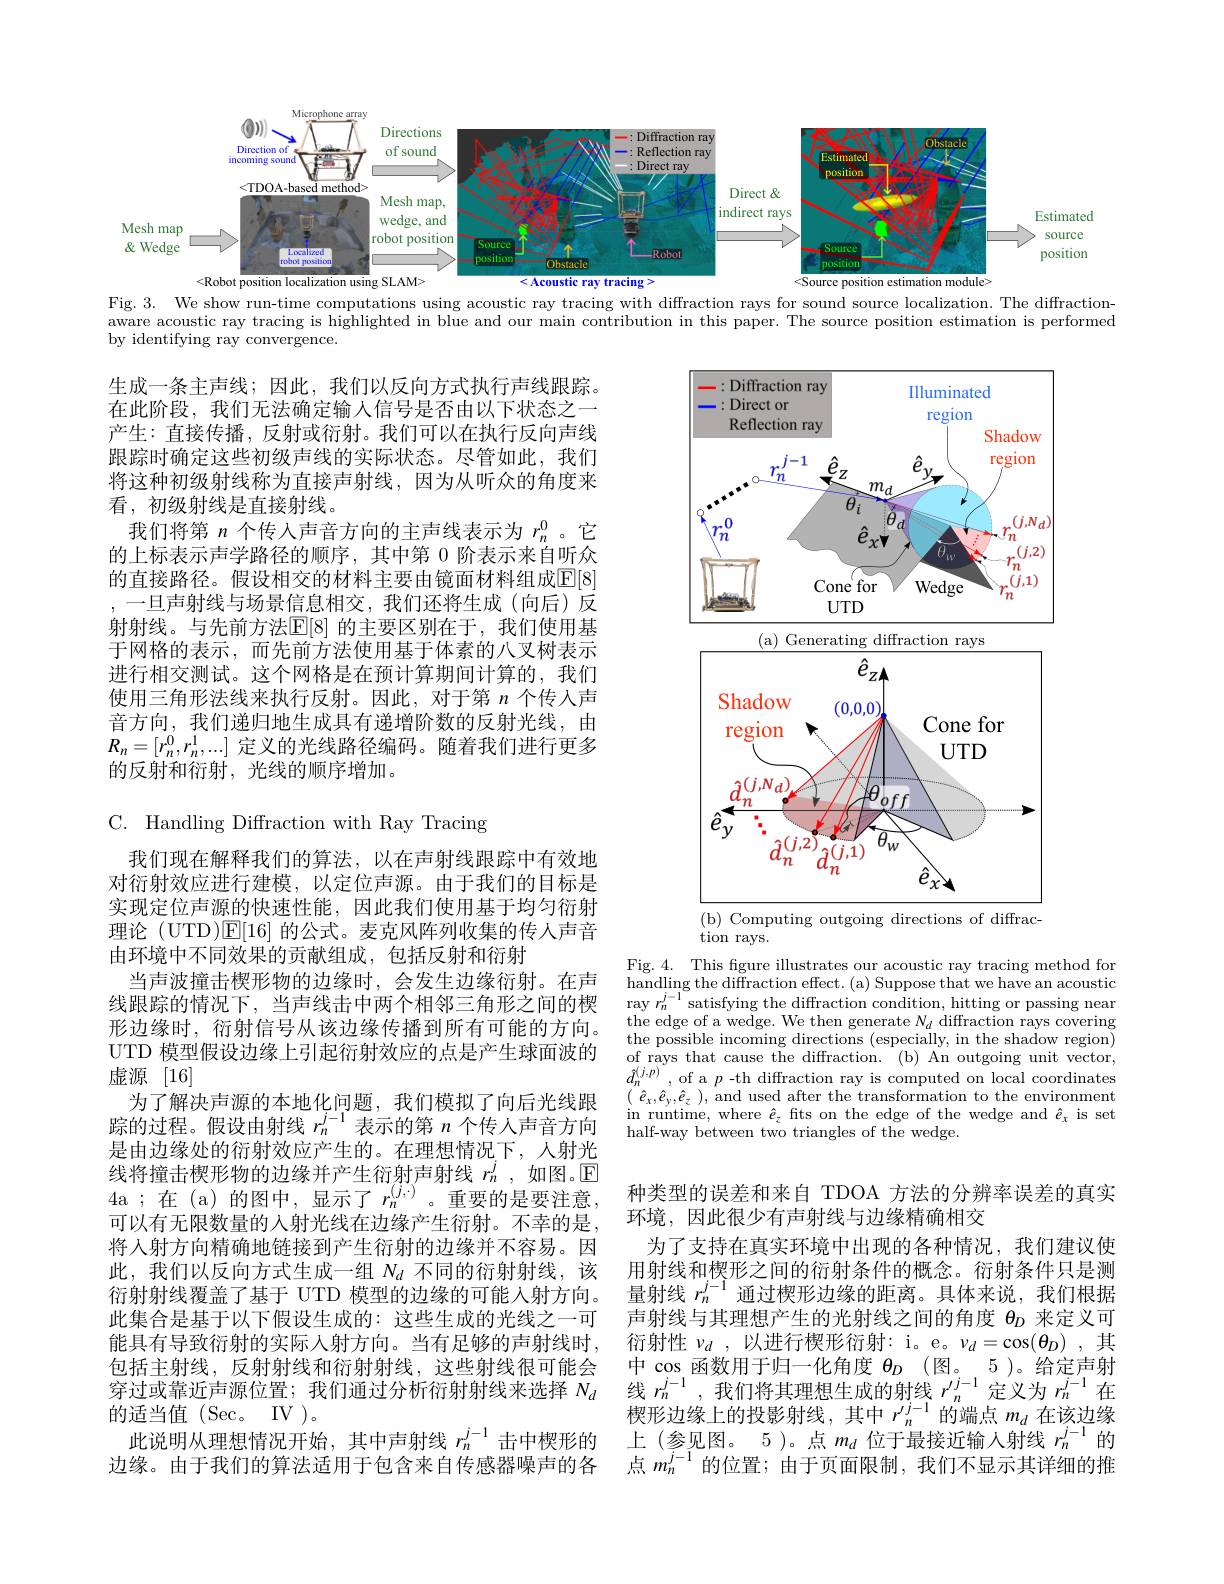
<FigureHere>

aware acoustic ray tracing is highlighted in blue and our main contribution in this paper. The source position estimation is performed

by identifying ray convergence.

生成一条主声线；因此，我们以反向方式执行声线跟踪。在此阶段，我们无法确定输人信号是否由以下状态之一产生：直接传播，反射或衍射。我们可以在执行反向声线跟踪时确定这些初级声线的实际状态。尽管如此，我们将这种初级射线称为直接声射线，因为从听众的角度来看，初级射线是直接射线。
我们将第$n$个传人声音方向的主声线表示为$r_n^0$。它的上标表示声学路径的顺序，其中第 0 阶表示来自听众的直接路径。假设相交的材料主要由镜面材料组成$\overline{\mathrm{E}}[8]$ ,一旦声射线与场景信息相交，我们还将生成(向后)反射射线。与先前方法$\mathbb{E}[8]$ 的主要区别在于，我们使用基于网格的表示，而先前方法使用基于体素的八叉树表示进行相交测试。这个网格是在预计算期间计算的，我们使用三角形法线来执行反射。因此，对于第$n$个传人声音方向，我们递归地生成具有递增阶数的反射光线，由$R_n=[r_n^0,r_n^1,...]$定义的光线路径编码。随着我们进行更多的反射和衍射，光线的顺序增加。

<FigureHere>
(b) Computing outgoing directions of diffrac-

tion rays.

Fig. 4. This figure illustrates our acoustic ray tracing method for handling the diffraction effect. (a) Suppose that we have an acoustic ray $r_n^{j-1}$satisfying the diffraction condition, hitting or passing near the edge of a wedge. We then generate $N_d$ diffraction rays covering the possible incoming directions (especially, in the shadow region) of rays that cause the diffraction. (b) An outgoing unit vector, $\hat{d}_{n}^{(i,p)}$,of a $p$-th diffraction ray is computed on local coordinates $\begin{array}{l}(\:\hat{e}_{x},\hat{e}_{y},\hat{e}_{z}\:),\:\text{and used after the transformation to the environment}\\\mathrm{in~runtime,~where~}\hat{e}_{z}\:\text{fits on the edge of the wedge and }\hat{e}_{x}\:\mathrm{is~set}\\\mathrm{half-way~between~two~triangles~of~the~wedge.}\end{array}$

C. Handling Diffraction with Ray Tracing
我们现在解释我们的算法，以在声射线跟踪中有效地对衍射效应进行建模，以定位声源。由于我们的目标是实现定位声源的快速性能，因此我们使用基于均匀衍射理论 (UTD)$\mathsf{E}[16]$的公式。麦克风阵列收集的传人声音由环境中不同效果的贡献组成，包括反射和衍射
当声波撞击楔形物的边缘时，会发生边缘衍射。在声线跟踪的情况下，当声线击中两个相邻三角形之间的楔形边缘时，衍射信号从该边缘传播到所有可能的方向。UTD 模型假设边缘上引起衍射效应的点是产生球面波的虚源 [16]
为了解决声源的本地化问题，我们模拟了向后光线跟踪的过程。假设由射线$r_n^{j-1}$表示的第$n$个传人声音方向是由边缘处的衍射效应产生的。在理想情况下，人射光线将撞击楔形物的边缘并产生衍射声射线$r_n^j$,如图。$\mathbb{E}$ 4a;在(a)的图中，显示了$r_n^{(j,\cdot)}$。重要的是要注意， 可以有无限数量的入射光线在边缘产生衍射。不幸的是， 将入射方向精确地链接到产生衍射的边缘并不容易。因此，我们以反向方式生成一组$N_d$不同的衍射射线，该衍射射线覆盖了基于 UTD 模型的边缘的可能人射方向。此集合是基于以下假设生成的：这些生成的光线之一可能具有导致衍射的实际人射方向。当有足够的声射线时， 包括主射线，反射射线和衍射射线，这些射线很可能会穿 过 或 靠 近 声 源 位 置 ; 我 们 通 过 分 析 衍 射 射 线 来 选 择 $N_d$线 $r_n^{j- 1}$,我 们 将 其 理 想 生 成 的 射 线 $r_n^{j/ j- 1}$ 定 义 为 $r_n^{j- 1}$ 在 的 适 当 值 (Sec。IV )。楔 形 边 缘 上 的 投 影 射 线 , 其 中 $r_n^{j/ j- 1}$ 的 端 点 $m_d$ 在 该 边 缘
此说明从理想情况开始，其中声射线$r_n^{j-1}$击中楔形的边缘。由于我们的算法适用于包含来自传感器噪声的各

种类型的误差和来自 TDOA 方法的分辨率误差的真实
环境，因此很少有声射线与边缘精确相交
为了支持在真实环境中出现的各种情况，我们建议使用射线和楔形之间的衍射条件的概念。衍射条件只是测量射线$r_n^{j-1}$通过楔形边缘的距离。具体来说，我们根据声射线与其理想产生的光射线之间的角度$\theta_D$来定义可衍射性$\nu _d$ ,以进行楔形衍射：i。e。$\nu _d= \cos ( \theta _D)$ ,其中$\cos$函数用于归一化角度$\theta _D$ (图。5)。给定声射上(参见图。5)。点$m_d$位于最接近输人射线$r_n^j-1$的点$m_n^{j-1}$的位置；由于页面限制，我们不显示其详细的推